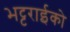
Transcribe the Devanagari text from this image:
भट्टराईको